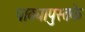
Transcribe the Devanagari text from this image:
पाठ्यापुस्तके